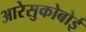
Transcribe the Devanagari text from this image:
आरेसुकोबोई